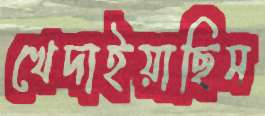
খেদাইয়াছিস